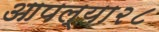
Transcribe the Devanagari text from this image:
आपल्या२८